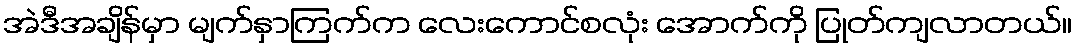
အဲဒီအချိန်မှာ မျက်နှာကြက်က လေးကောင်စလုံး အောက်ကို ပြုတ်ကျလာတယ်။